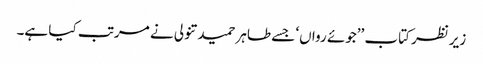
زیرنظر کتاب ’’جوئے رواں‘ جسے طاہر حمید تنولی نے مرتب کیا ہے۔